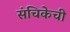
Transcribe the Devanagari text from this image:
संचिकेची